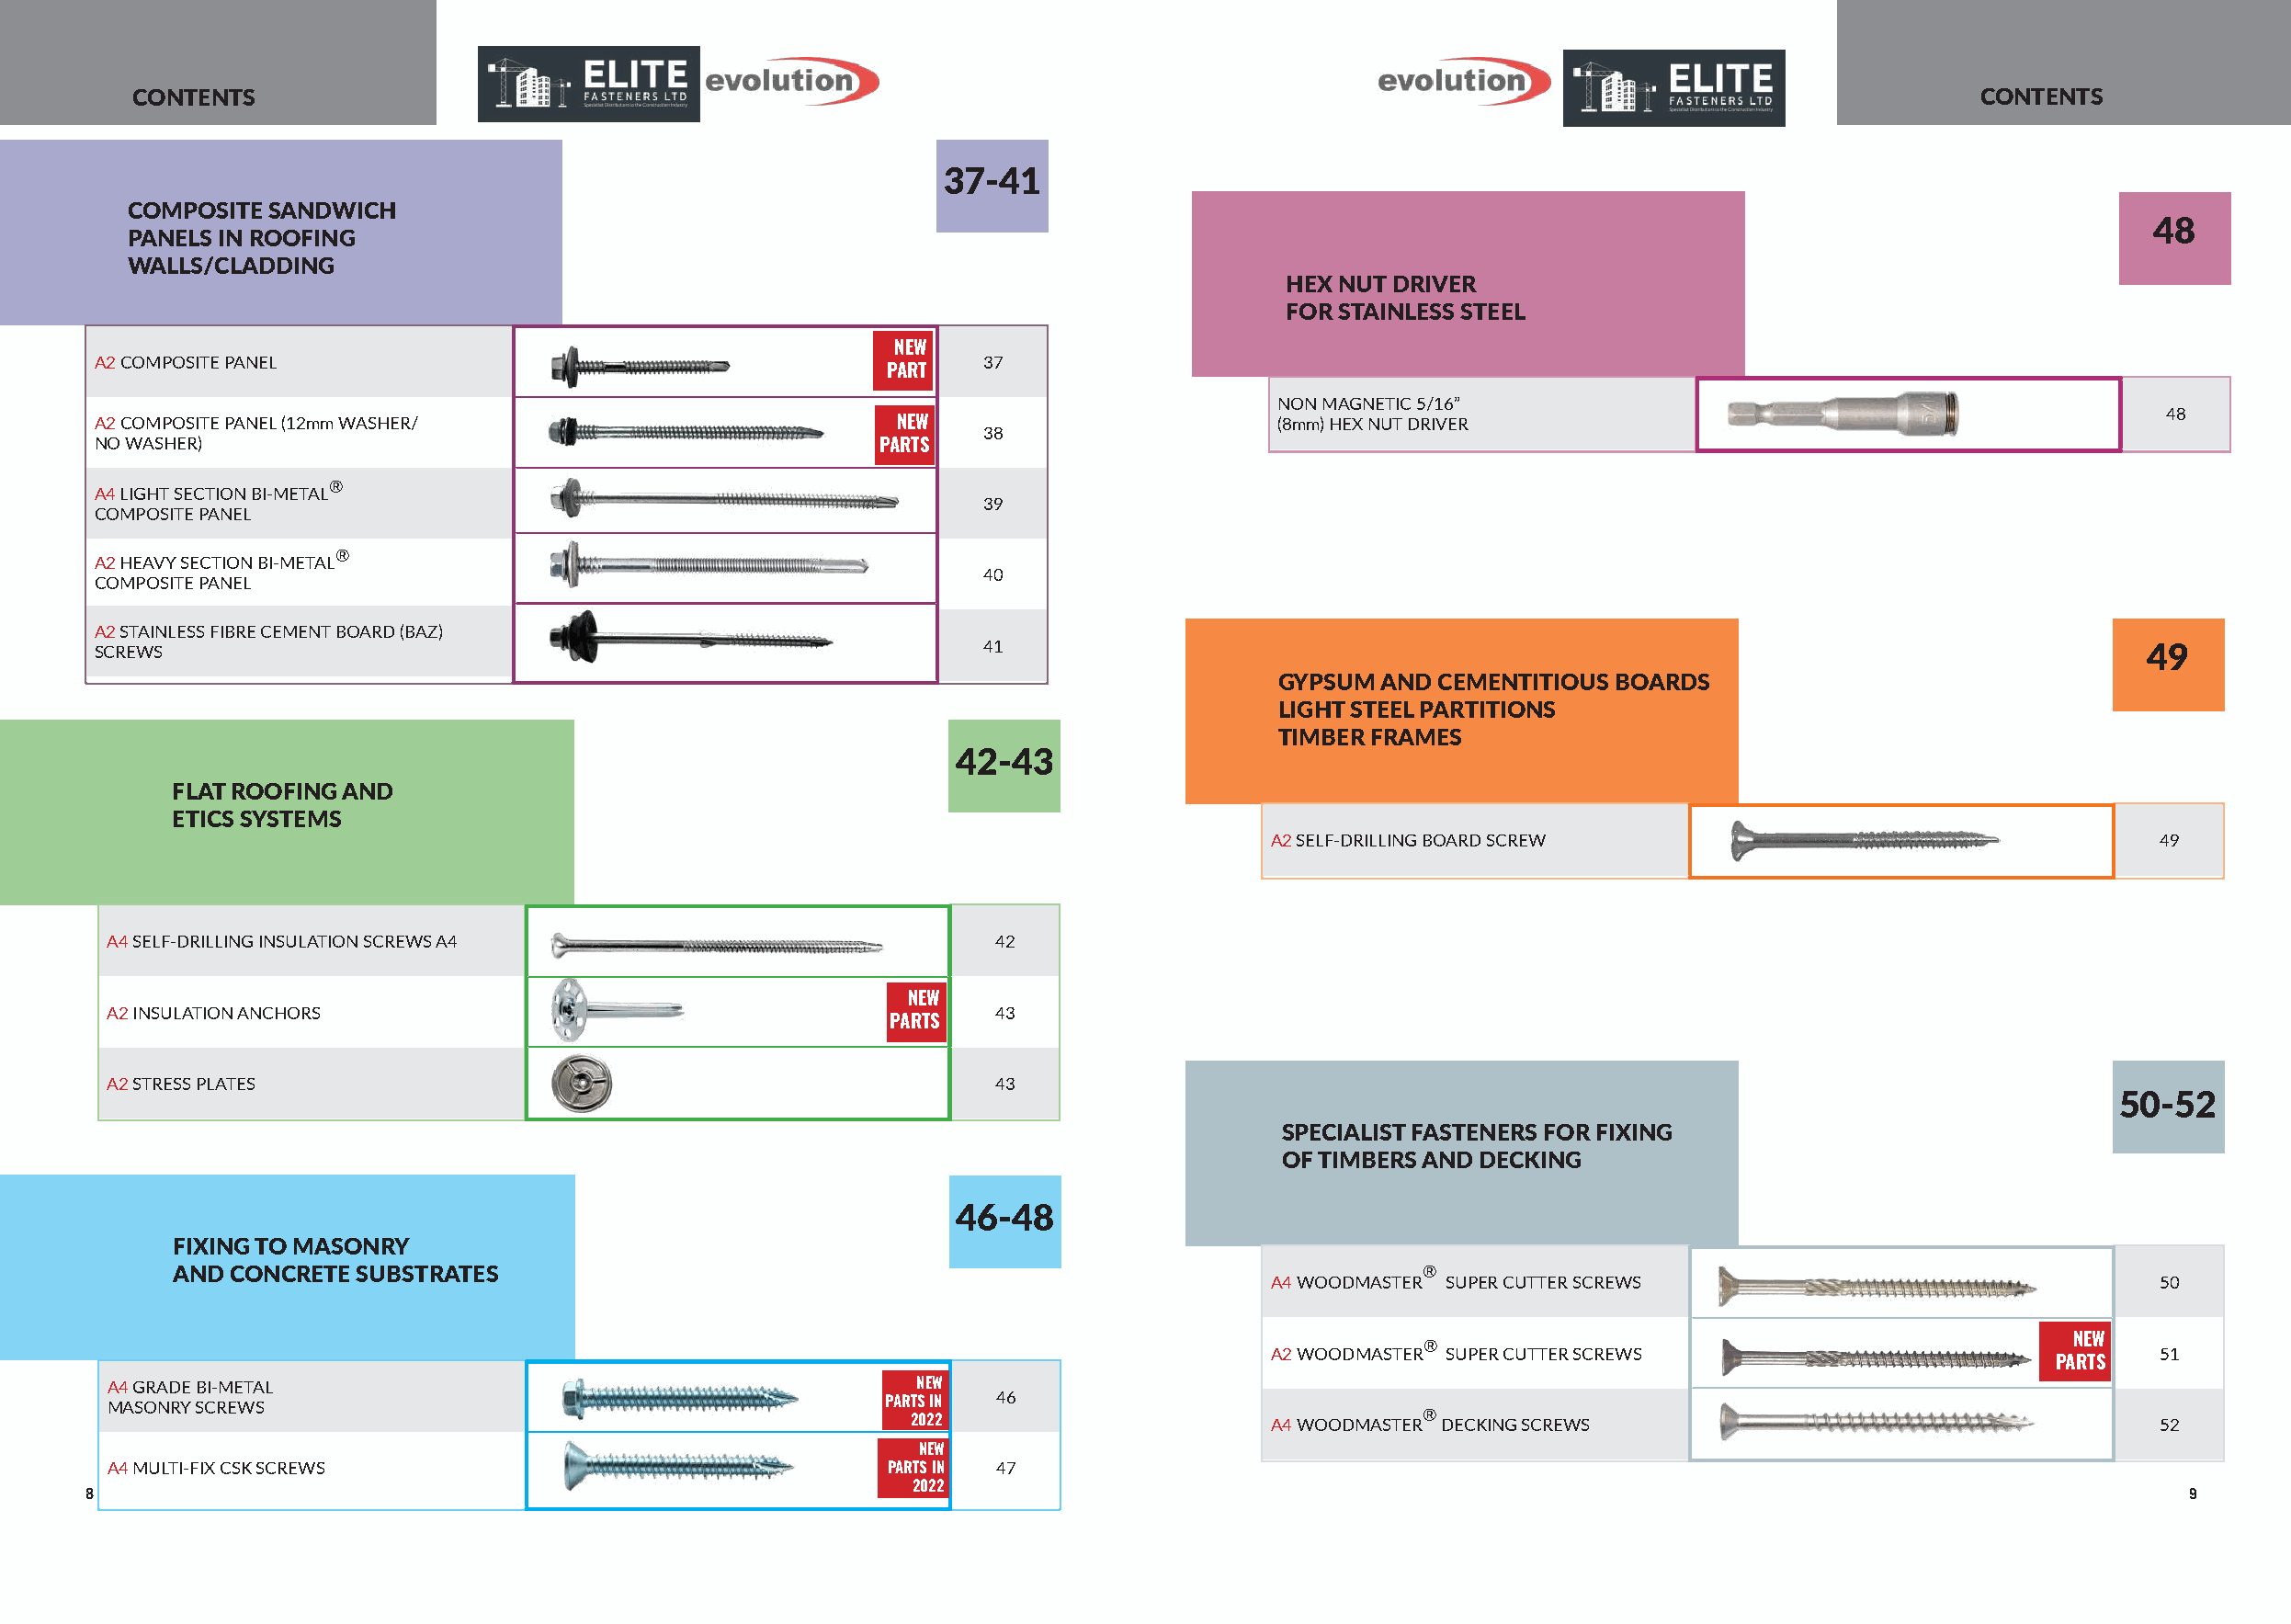
CONTENTS                                                                                                                             CONTENTS
 37-41
 COMPOSITE SANDWICH
 48
 PANELS IN ROOFING
 WALLS/CLADDING
 HEX NUT DRIVER
 FOR STAINLESS STEEL
 NEW
 A2 COMPOSITE PANEL                                              37
 PART
 NON MAGNETIC 5/16”
 48
 A2 COMPOSITE PANEL (12mm WASHER/                          NEW                        (8mm) HEX NUT DRIVER
 38
 NO WASHER)                                              PARTS
 ®
 A4 LIGHT SECTION BI-METAL
 39
 COMPOSITE PANEL
 ®
 A2 HEAVY SECTION BI-METAL
 40
 COMPOSITE PANEL
 A2 STAINLESS FIBRE CEMENT BOARD (BAZ)
 SCREWS                                                          41                                                                                  49
 GYPSUM AND  CEMENTITIOUS BOARDS
 LIGHT STEEL PARTITIONS
 TIMBER FRAMES
 42-43
 FLAT ROOFING AND
 ETICS SYSTEMS
 A2 SELF-DRILLING BOARD SCREW                                    49
 A4 SELF-DRILLING INSULATION SCREWS A4                           42
 NEW
 A2 INSULATION ANCHORS                                           43
 PARTS
 A2 STRESS PLATES                                                43
 50-52
 SPECIALIST FASTENERS FOR FIXING
 OF TIMBERS AND DECKING
 46-48
 FIXING TO MASONRY
 AND  CONCRETE SUBSTRATES                                                                  ®
 A4 WOODMASTER SUPER CUTTER SCREWS                               50
 ®                                             NEW
 A2WOODMASTER SUPER CUTTER SCREWS                                51
 PARTS
 A4 GRADE BI-METAL                                         NEW
 46
 MASONRY SCREWS                                          PARTS IN
 ®
 2022                      A4 WOODMASTER DECKING SCREWS                                    52
 NEW
 A4 MULTI-FIX CSK SCREWS                                 PARTS IN 47
 2022
 8                                                                                                                                                       9
 Tel: +44 (0)141 647 7100 Fax: +44 (0)141 647 5100 sales@evolutionfasteners.co.uk www.evolutionfasteners.co.uk